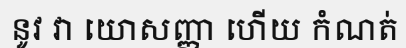
នូវ វា យោសញ្ញា ហើយ កំណត់